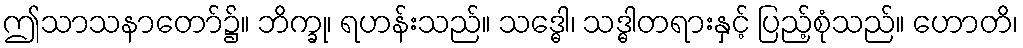
ဤသာသနာတော်၌။ ဘိက္ခု၊ ရဟန်းသည်။ သဒ္ဓေါ၊ သဒ္ဓါတရားနှင့် ပြည့်စုံသည်။ ဟောတိ၊